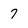
Character: 7